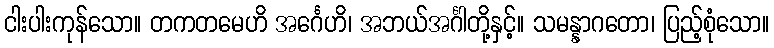
ငါးပါးကုန်သော။ တကတမေဟိ အင်္ဂေဟိ၊ အဘယ်အင်္ဂါတို့နှင့်။ သမန္နာဂတော၊ ပြည့်စုံသော။